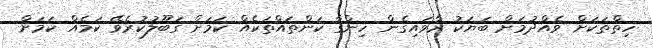
ހިތްތަކަށް ވެއްދުމަށް ބަޔަކު ރާވައިގެން ހިންގާ ކަންތައްތަކެއް ކަމަށް ގަބޫލުކުރެވޭ ކަމެއް ކަމަށް